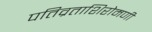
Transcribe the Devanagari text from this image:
पतिव्रताशिरोमणी